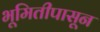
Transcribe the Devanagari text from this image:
भूमितीपासून